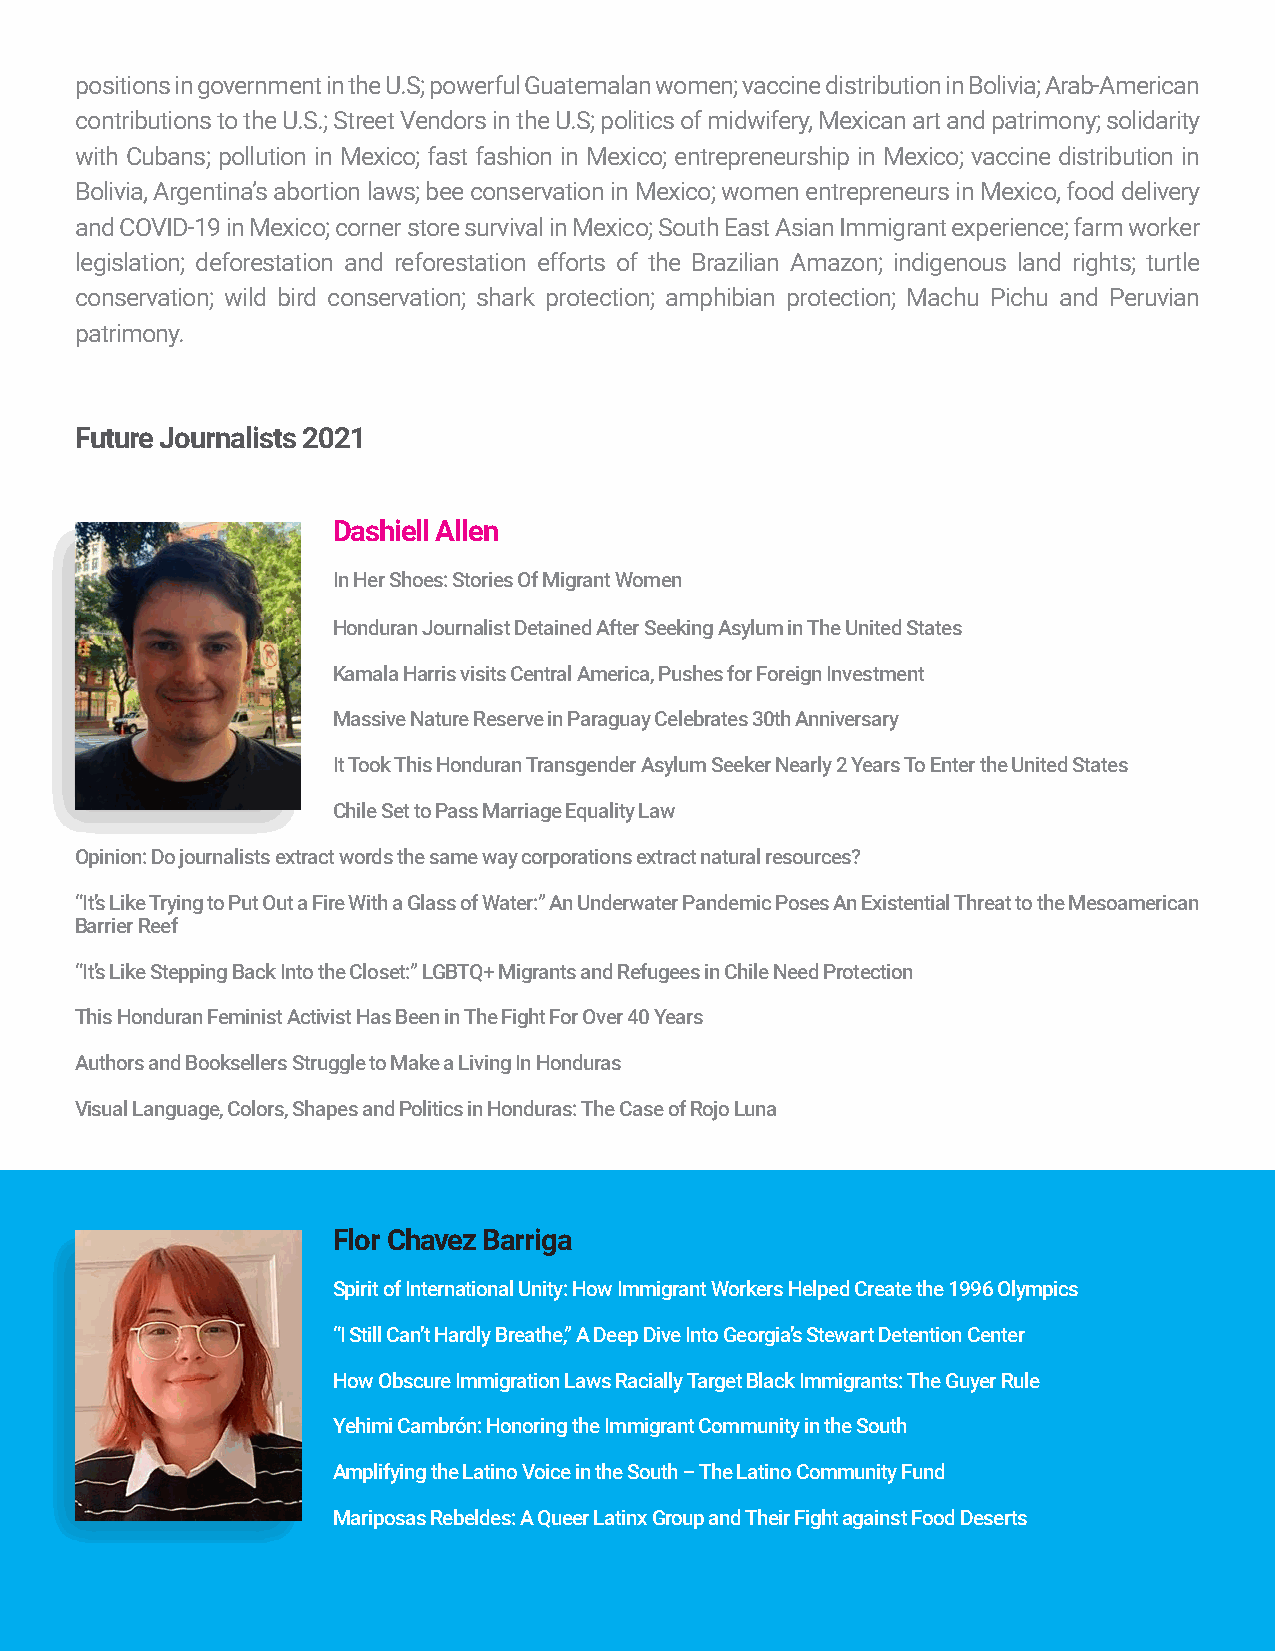
positions in government in the U.S; powerful Guatemalan women; vaccine distribution in Bolivia; Arab-American
 contributions to the U.S.; Street Vendors in the U.S; politics of midwifery, Mexican art and patrimony; solidarity
 with Cubans; pollution in Mexico; fast fashion in Mexico; entrepreneurship in Mexico; vaccine distribution in
 Bolivia, Argentina’s abortion laws; bee conservation in Mexico; women entrepreneurs in Mexico, food delivery
 and COVID-19 in Mexico; corner store survival in Mexico; South East Asian Immigrant experience; farm worker
 legislation; deforestation and reforestation efforts of the Brazilian Amazon; indigenous land rights; turtle
 conservation; wild bird conservation; shark protection; amphibian protection; Machu Pichu and Peruvian
 patrimony.
 Future Journalists 2021
 Dashiell Allen
 In Her Shoes: Stories Of Migrant Women
 Honduran Journalist Detained After Seeking Asylum in The United States
 Kamala Harris visits Central America, Pushes for Foreign Investment
 Massive Nature Reserve in Paraguay Celebrates 30th Anniversary
 It Took This Honduran Transgender Asylum Seeker Nearly 2 Years To Enter the United States
 Chile Set to Pass Marriage Equality Law
 Opinion: Do journalists extract words the same way corporations extract natural resources?
 “It’s Like Trying to Put Out a Fire With a Glass of Water:” An Underwater Pandemic Poses An Existential Threat to the Mesoamerican
 Barrier Reef
 “It’s Like Stepping Back Into the Closet:” LGBTQ+ Migrants and Refugees in Chile Need Protection
 This Honduran Feminist Activist Has Been in The Fight For Over 40 Years
 Authors and Booksellers Struggle to Make a Living In Honduras
 Visual Language, Colors, Shapes and Politics in Honduras: The Case of Rojo Luna
 Flor Chavez Barriga
 Spirit of International Unity: How Immigrant Workers Helped Create the 1996 Olympics
 “I Still Can’t Hardly Breathe,” A Deep Dive Into Georgia’s Stewart Detention Center
 How Obscure Immigration Laws Racially Target Black Immigrants: The Guyer Rule
 Yehimi Cambrón: Honoring the Immigrant Community in the South
 Amplifying the Latino Voice in the South – The Latino Community Fund
 Mariposas Rebeldes: A Queer Latinx Group and Their Fight against Food Deserts